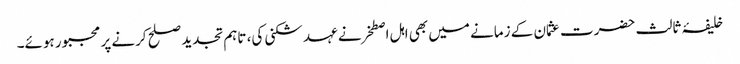
خلیفۂ ثالث حضرت عثمان کے زمانے میں بھی اہل اصطخرنے عہد شکنی کی، تاہم تجدید صلح کرنے پر مجبور ہوئے۔